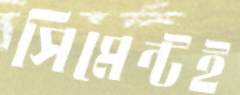
সিমেন্টই